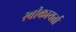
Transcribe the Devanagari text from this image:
स्वीकायर्ता